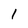
Character: 1